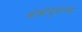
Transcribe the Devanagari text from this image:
मोक्टेझुमाच्या